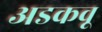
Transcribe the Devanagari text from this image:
अडकवू